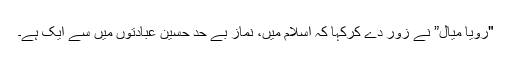
"رویا میال” نے زور دے کرکہا کہ اسلام میں، نماز بے حد حسین عبادتوں میں سے ایک ہے۔